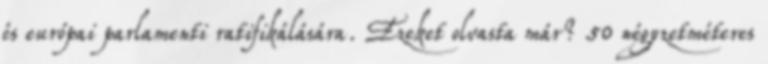
és európai parlamenti ratifikálására. Ezeket olvasta már? 50 négyzetméteres